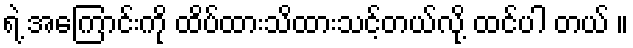
ရဲ့ အကြောင်းကို ထိပ်ထားသိထားသင့်တယ်လို့ ထင်ပါ တယ် ။